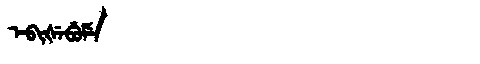
Manchu: ᡝᠪᡳᡧᡝᠪᡠᠮᡝ
Romanization: EBIŠEBUME